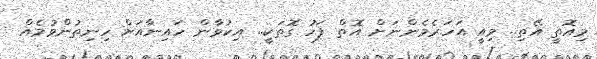
މިއޮތީ އޭތި.. މިއީ އަހަރެމެންނަށް އޮތް ފަހު ގޮތަކީ.. އިކުވާން ހައިނާއަށް ހިނިތުންވުމެއް